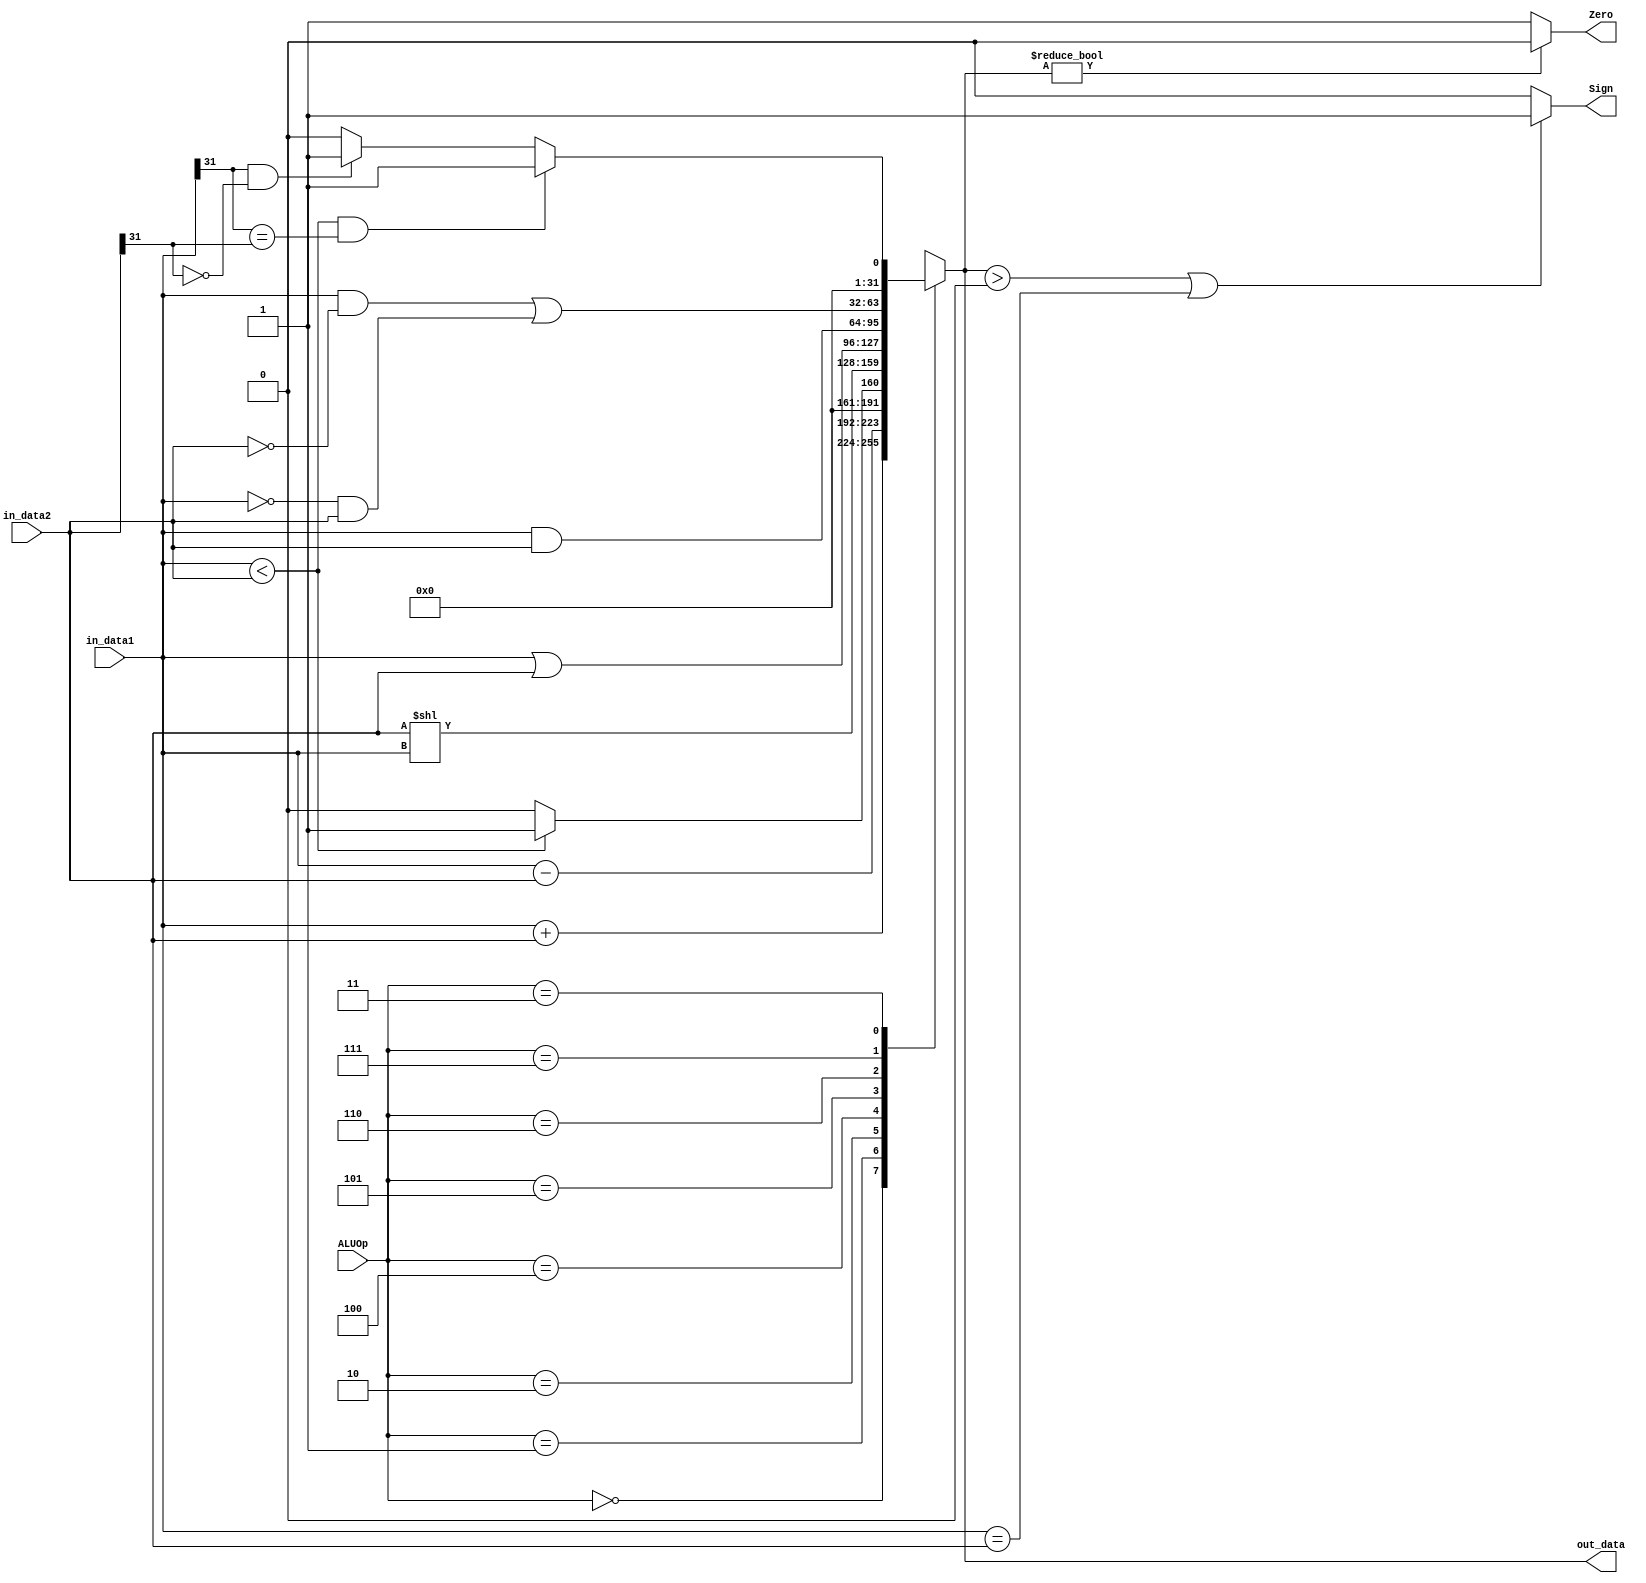
`timescale 1ns / 1ps
//////////////////////////////////////////////////////////////////////////////////
// Company: 
// Engineer: 
// 
// Design Name: 
// Module Name:    ALU 
// Project Name: 
// Target Devices: 
// Tool versions: 
// Description: 
//
// Dependencies: 
//
// Revision: 
// Revision 0.01 - File Created
// Additional Comments: 
//
//////////////////////////////////////////////////////////////////////////////////
module ALU(in_data1, in_data2, ALUOp, Zero, out_data,Sign);
	input wire [31:0] in_data1, in_data2;
	input wire [2:0] ALUOp;
	output wire Zero,Sign;
	output reg [31:0] out_data;
	
	initial begin
		out_data = 0;
	end
	
	assign Zero = (out_data ? 0 : 1);
	assign Sign = (out_data > 0 || in_data1==in_data2 )? 1:0;
	always @(ALUOp or in_data1 or in_data2) begin
		case (ALUOp)
			0: out_data = in_data1 + in_data2;
			1: out_data = in_data1 - in_data2;
			2: out_data = (in_data1 < in_data2 ? 1 : 0);
			4: out_data = in_data2 << in_data1;
			5: out_data = in_data1 | in_data2;
			6: out_data = in_data1 & in_data2;
			7: out_data = (in_data1 & ~in_data2) | (~in_data1 & in_data2);
			3:begin
			   if(in_data1<in_data2 && (in_data1[31] == in_data2[31]))
			       out_data = 1;
			   else if(in_data1[31] == 1 && in_data2[31] == 0)
			       out_data = 1;
			   else 
			       out_data = 0;
			end
			default: out_data = 0;
		endcase
	end

endmodule